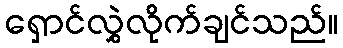
ရှောင်လွှဲလိုက်ချင်သည်။